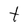
Character: t